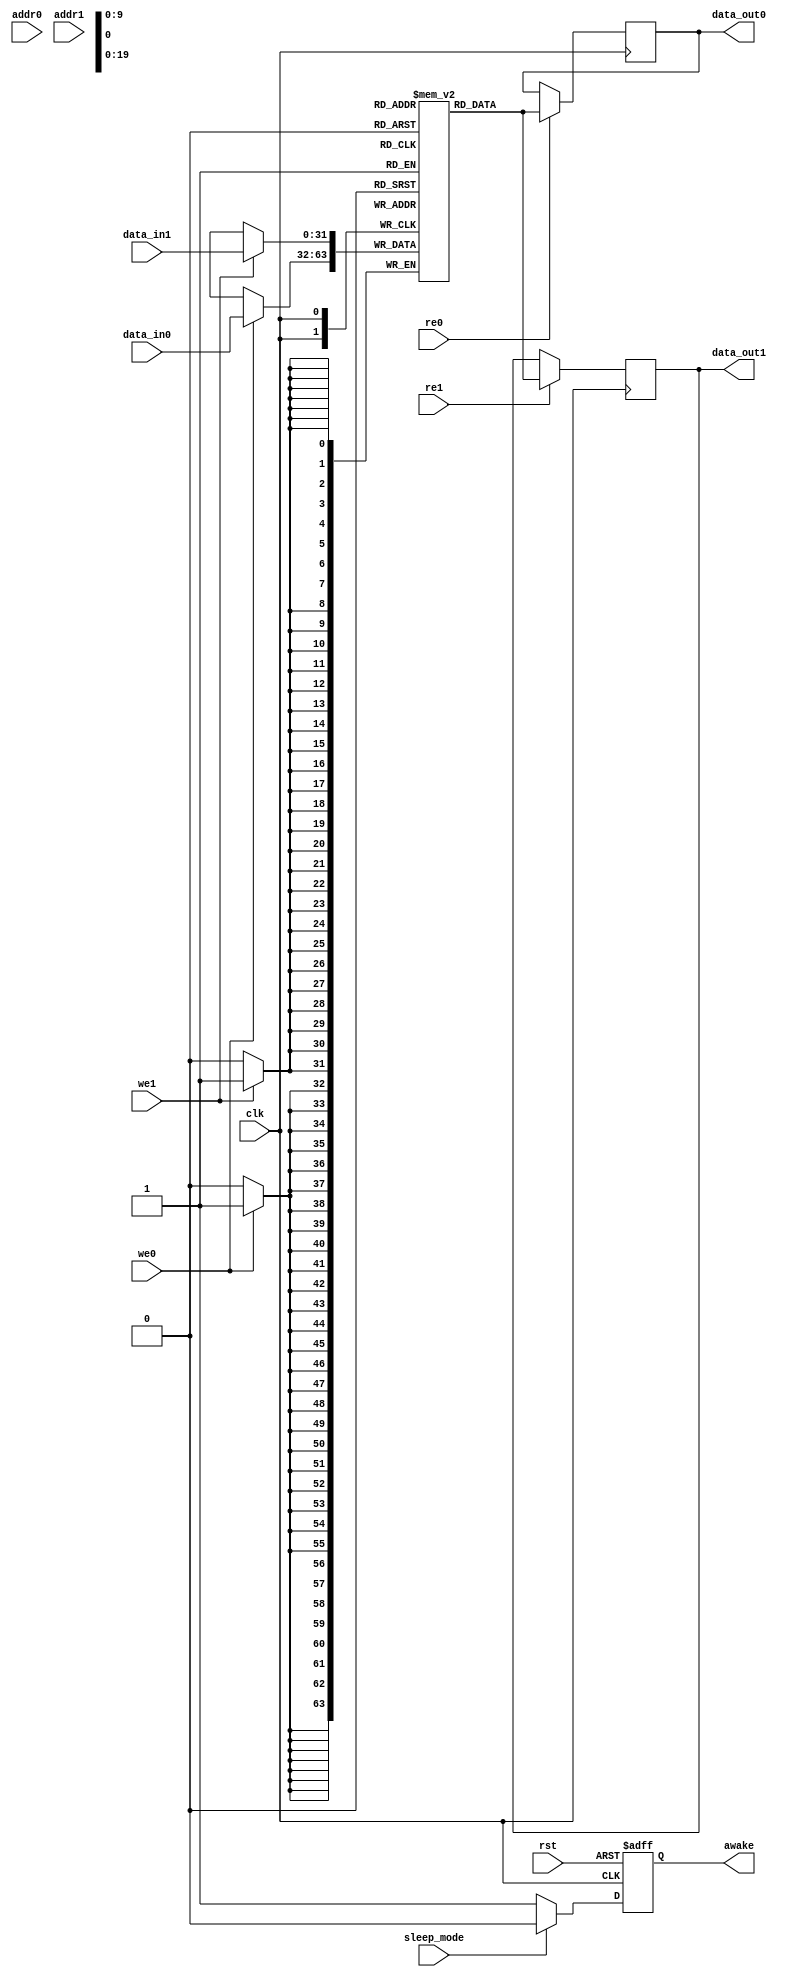
module USPM #(
    parameter ADDR_WIDTH = 8,  // Address width
    parameter DATA_WIDTH = 32,  // Data width
    parameter NUM_BLOCKS = 4,   // Number of memory blocks
    parameter BLOCK_SIZE = 256   // Size of each block
)(
    input wire clk,
    input wire rst,
    
    // Port 0
    input wire [ADDR_WIDTH-1:0] addr0,
    input wire [DATA_WIDTH-1:0] data_in0,
    output reg [DATA_WIDTH-1:0] data_out0,
    input wire we0,  // Write enable for port 0
    input wire re0,  // Read enable for port 0
    
    // Port 1
    input wire [ADDR_WIDTH-1:0] addr1,
    input wire [DATA_WIDTH-1:0] data_in1,
    output reg [DATA_WIDTH-1:0] data_out1,
    input wire we1,  // Write enable for port 1
    input wire re1,  // Read enable for port 1
    
    // Additional ports can be added similarly
    // ...
    
    // Control signals for power management
    input wire sleep_mode,
    output reg awake
);

    // Memory array declaration
    reg [DATA_WIDTH-1:0] memory [0:NUM_BLOCKS-1][0:BLOCK_SIZE-1];

    // Control logic for power management
    always @(posedge clk or posedge rst) begin
        if (rst) begin
            awake <= 1'b0;
        end else if (sleep_mode) begin
            awake <= 1'b0;
        end else begin
            awake <= 1'b1;
        end
    end

    // Memory read and write operations for port 0
    always @(posedge clk) begin
        if (we0) begin
            memory[addr0[ADDR_WIDTH-1:BLOCK_SIZE]] [addr0[BLOCK_SIZE-1:0]] <= data_in0; // Write data
        end
        if (re0) begin
            data_out0 <= memory[addr0[ADDR_WIDTH-1:BLOCK_SIZE]] [addr0[BLOCK_SIZE-1:0]]; // Read data
        end
    end

    // Memory read and write operations for port 1
    always @(posedge clk) begin
        if (we1) begin
            memory[addr1[ADDR_WIDTH-1:BLOCK_SIZE]] [addr1[BLOCK_SIZE-1:0]] <= data_in1; // Write data
        end
        if (re1) begin
            data_out1 <= memory[addr1[ADDR_WIDTH-1:BLOCK_SIZE]] [addr1[BLOCK_SIZE-1:0]]; // Read data
        end
    end

    // Additional ports can be implemented similarly
    // ...

endmodule